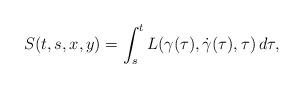
LaTeX: \begin{align*}S(t,s,x,y)=\int_s^t L(\gamma(\tau),\dot{\gamma}(\tau),\tau)\,d\tau,\end{align*}